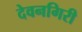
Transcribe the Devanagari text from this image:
देवनगिरी